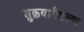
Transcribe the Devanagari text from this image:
शुक्रवारीतल्या